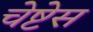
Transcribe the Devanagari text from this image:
चेष्टेस